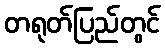
တရုတ်ပြည်တွင်